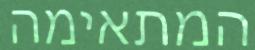
המתאימה